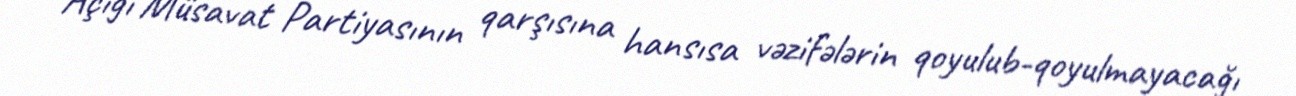
Açığı Müsavat Partiyasının qarşısına hansısa vəzifələrin qoyulub-qoyulmayacağı